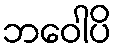
ဘဝေါပိ